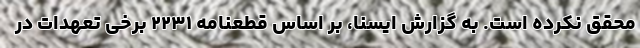
محقق نکرده است. به گزارش ایسنا، بر اساس قطعنامه ۲۲۳۱ برخی تعهدات در